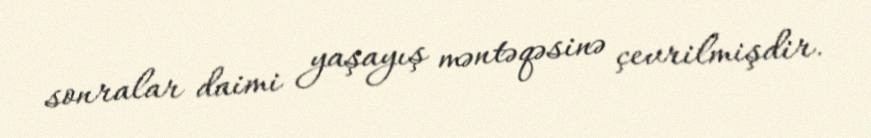
sonralar daimi yaşayış məntəqəsinə çevrilmişdir.